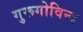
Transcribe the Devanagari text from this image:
गुरूगोविन्द